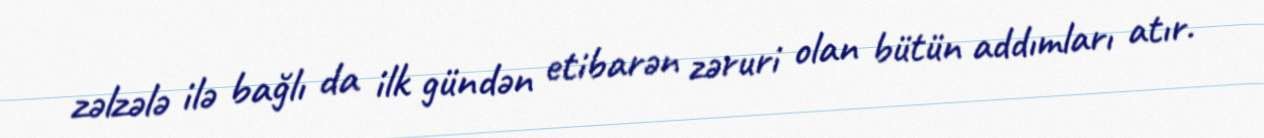
zəlzələ ilə bağlı da ilk gündən etibarən zəruri olan bütün addımları atır.